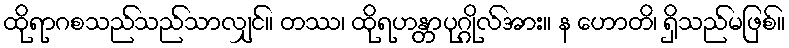
ထိုရာဂစသည်သည်သာလျှင်။ တဿ၊ ထိုရဟန္တာပုဂ္ဂိုလ်အား။ န ဟောတိ၊ ရှိသည်မဖြစ်။